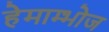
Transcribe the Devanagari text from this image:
हेमाम्भोज